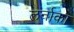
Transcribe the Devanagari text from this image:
लर्नाका